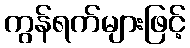
ကွန်ရက်များဖြင့်